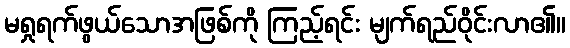
မရှုရက်ဖွယ်သောအဖြစ်ကို ကြည့်ရင်း မျက်ရည်ဝိုင်းလာ၏။